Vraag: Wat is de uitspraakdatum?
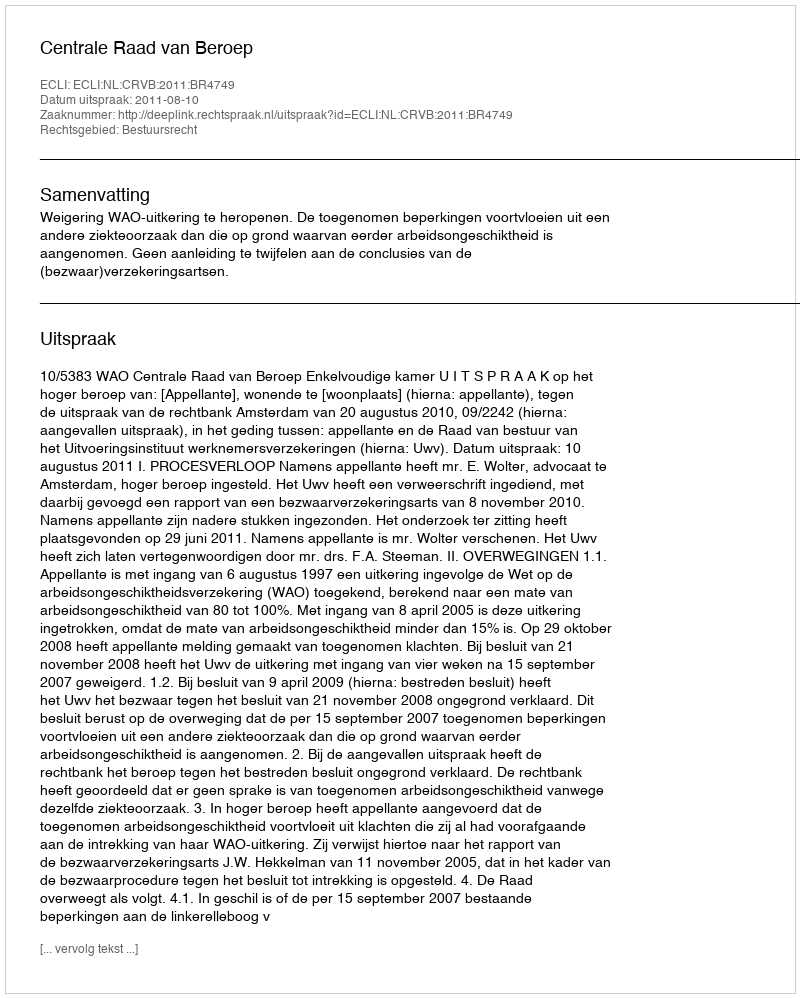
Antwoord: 2011-08-10